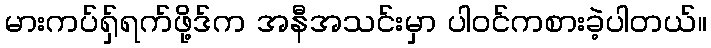
မားကပ်ရှ်ရက်ဖို့ဒ်က အနီအသင်းမှာ ပါဝင်ကစားခဲ့ပါတယ်။